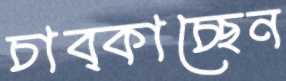
চাব্‌কাচ্ছেন